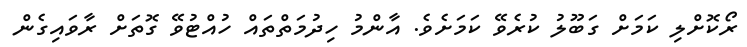
ރޯކޮށްލި ކަމަށް ގަބޫލު ކުރެވޭ ކަމަށެވެ. އާންމު ހިދުމަތްތައް ހުއްޓުވޭ ގޮތަށް ރާވައިގެން